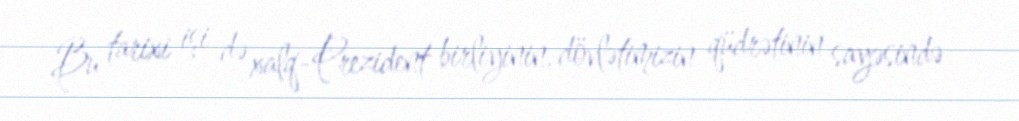
Bu tarixi işi də xalq-Prezident birliyinin, dövlətimizin qüdrətinin sayəsində